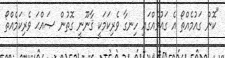
"ކޮން ގައުމެއްތޯ އެ ގައުމެއްގައި ހިނގާ ވެރިކަމަކީ ޤާނޫނީ ގޮތުން ޞައްޙަ ވެރިކަމެއްތޯ